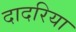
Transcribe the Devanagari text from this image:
दादरिया